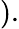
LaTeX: ).